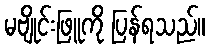
မဗျိုင်းဖြူကို ပြန်ရသည်။